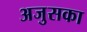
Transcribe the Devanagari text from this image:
अजुसका